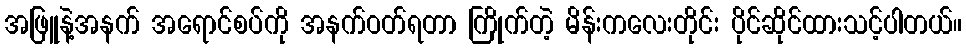
အဖြူနဲ့အနက် အရောင်စပ်ကို အနက်ဝတ်ရတာ ကြိုက်တဲ့ မိန်းကလေးတိုင်း ပိုင်ဆိုင်ထားသင့်ပါတယ်။